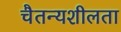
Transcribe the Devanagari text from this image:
चैतन्यशीलता